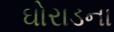
ઘોરાડના